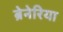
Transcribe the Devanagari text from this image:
ब्रेनेरिया